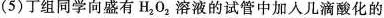
(5)丁组同学向盛有H_{2}0_{2}溶液的试管中加入几滴酸化的